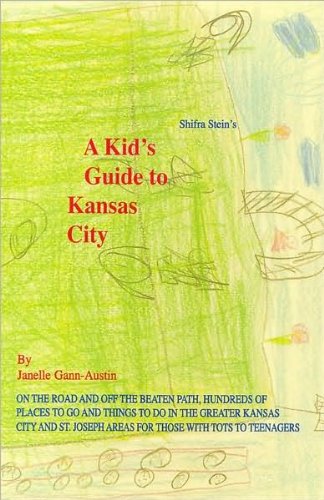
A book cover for A Kid's Guide to Kansas City; Janelle Gann-Austin; Travel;